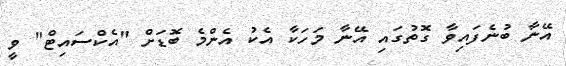
އޭނާ ބުނެފައިވާ ގޮތުގައި އޭނާ މަހަކާ އެކު އެންމެ ބޮޑަށް "އެކްސައިޓް" ވީ